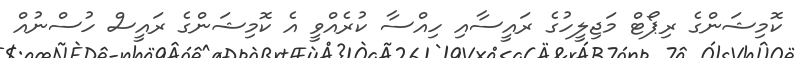
ކޮމިޝަންގެ ރިޕޯޓް މަޖިލީހުގެ ރައީސާއި ހިއްސާ ކުރެއްވީ އެ ކޮމިޝަންގެ ރައީސް ހުސްނުއް